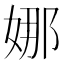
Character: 娜